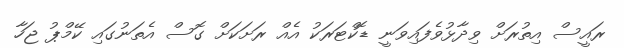
ރައީސް އިތުރަށް ވިދާޅުވެފައިވަނީ ޑޮކްޓަރަކު އެއް ރަށަކަށް ގޮސް އެތަނުގައި ކޭމްޕު ޖަހާ